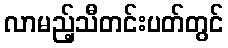
လာမည့်သီတင်းပတ်တွင်